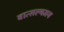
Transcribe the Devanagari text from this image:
वात्सल्यमय